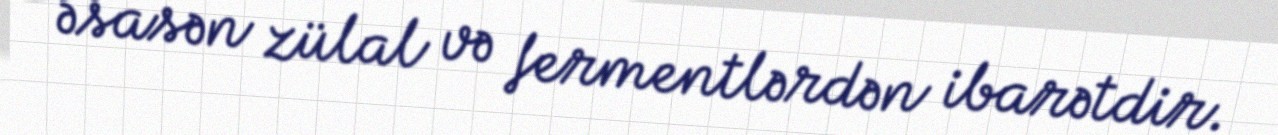
əsasən zülal və fermentlərdən ibarətdir.